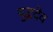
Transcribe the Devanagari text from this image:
युद्धदेव